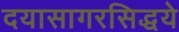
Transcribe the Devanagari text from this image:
दयासागरसिद्धये